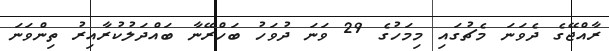
ރާއްޖޭގެ ދެވަނަ މެޗުގައި މިމަހުގެ 29 ވަނަ ދުވަހު ބަހްރޭނާ ބައްދަލުކުރާއިރު ތިންވަނަ